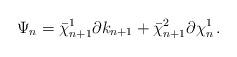
LaTeX: \begin{align*}\Psi_n = \bar\chi_{n+1}^1 \partial k_{n+1} + \bar\chi_{n+1}^2 \partial \chi_n^1 \, .\end{align*}